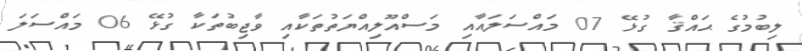
ލިބުމުގެ ޙައްޤާ ގުޅޭ 07 މައްސަލައާއި މަސްއޫލިއްޔަތުތަކާއި ވާޖިބުތަކާ ގުޅޭ 06 މައްސަލަ